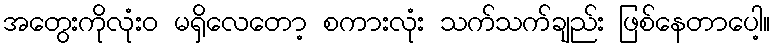
အတွေးကိုလုံးဝ မရှိလေတော့ စကားလုံး သက်သက်ချည်း ဖြစ်နေတာပေါ့။